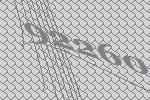
92260